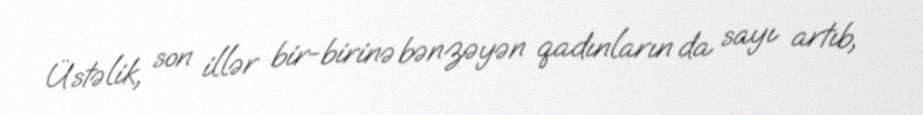
Üstəlik, son illər bir-birinə bənzəyən qadınların da sayı artıb,